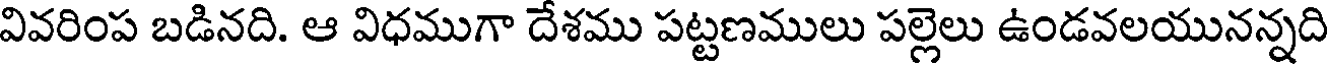
వివరింప బడినది. ఆ విధముగా దేశము పట్టణములు పల్లెలు ఉండవలయునన్నది